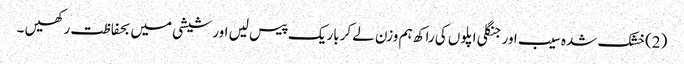
(2)خشک شدہ سیب اور جنگلی اپلوں کی راکھ ہم وزن لے کرباریک پیس لیں اور شیشی میں بحفاظت رکھیں ۔